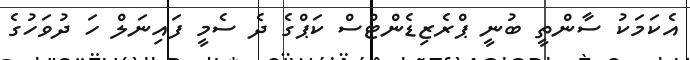
އެކަމަކު ސާންތީ ބުނީ ޕްރެޒިޑެންޓްސް ކަޕްގެ ދެ ސެމީ ފައިނަލް ހަ ދުވަހުގެ